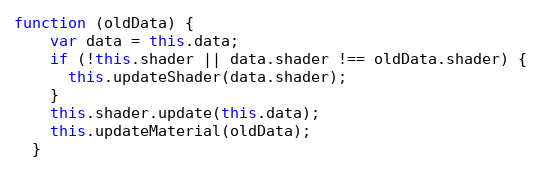
Language: JavaScript
function (oldData) {
    var data = this.data;
    if (!this.shader || data.shader !== oldData.shader) {
      this.updateShader(data.shader);
    }
    this.shader.update(this.data);
    this.updateMaterial(oldData);
  }